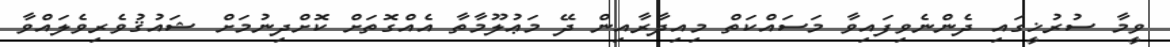
ވީމާ ސުރުޚީގައި ދެންނެވިފައިވާ މަސައްކަތް މިއިދާރާއިން ދޭ މަޢުލޫމާތާ އެއްގޮތަށް ކޮށްދިނުމަށް ޝައުޤުވެރިވެލައްވާ